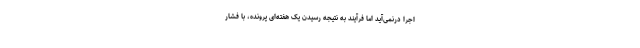
اجرا درنمی‌آید اما فرآیندِ به نتیجه رسیدنِ یک هفته‌ای پرونده، با فشارِ